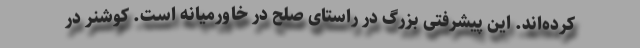
کرده‌اند. این پیشرفتی بزرگ در راستای صلح در خاورمیانه است. کوشنر در